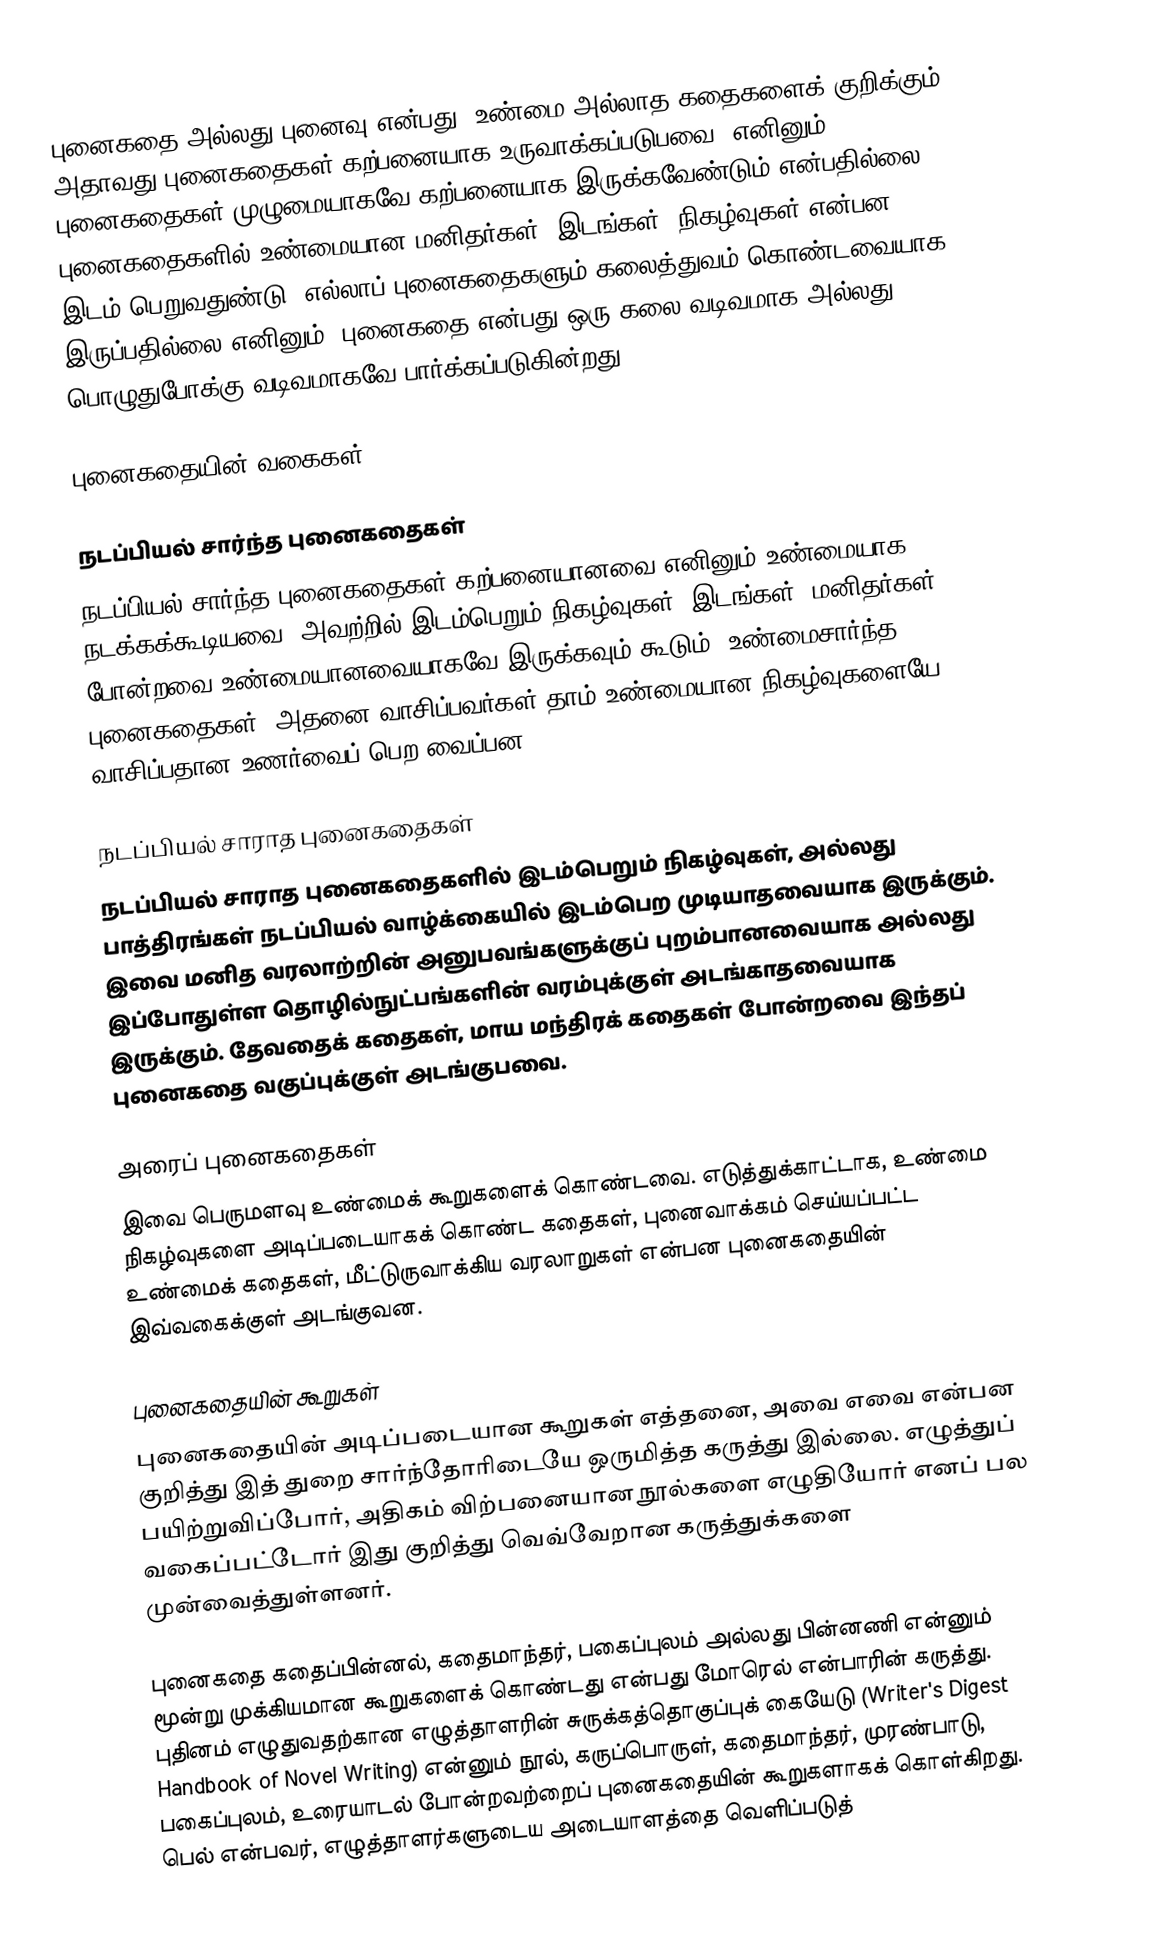
புனைகதை அல்லது புனைவு என்பது, உண்மை அல்லாத கதைகளைக் குறிக்கும். அதாவது புனைகதைகள் கற்பனையாக உருவாக்கப்படுபவை. எனினும், புனைகதைகள் முழுமையாகவே கற்பனையாக இருக்கவேண்டும் என்பதில்லை. புனைகதைகளில் உண்மையான மனிதர்கள், இடங்கள், நிகழ்வுகள் என்பன இடம் பெறுவதுண்டு. எல்லாப் புனைகதைகளும் கலைத்துவம் கொண்டவையாக இருப்பதில்லை எனினும், புனைகதை என்பது ஒரு கலை வடிவமாக அல்லது பொழுதுபோக்கு வடிவமாகவே பார்க்கப்படுகின்றது.

புனைகதையின் வகைகள்

நடப்பியல் சார்ந்த புனைகதைகள்
நடப்பியல் சார்ந்த புனைகதைகள் கற்பனையானவை எனினும் உண்மையாக நடக்கக்கூடியவை. அவற்றில் இடம்பெறும் நிகழ்வுகள், இடங்கள், மனிதர்கள் போன்றவை உண்மையானவையாகவே இருக்கவும் கூடும். உண்மைசார்ந்த புனைகதைகள், அதனை வாசிப்பவர்கள் தாம் உண்மையான நிகழ்வுகளையே வாசிப்பதான உணர்வைப் பெற வைப்பன.

நடப்பியல் சாராத புனைகதைகள்
நடப்பியல் சாராத புனைகதைகளில் இடம்பெறும் நிகழ்வுகள், அல்லது பாத்திரங்கள் நடப்பியல் வாழ்க்கையில் இடம்பெற முடியாதவையாக இருக்கும். இவை மனித வரலாற்றின் அனுபவங்களுக்குப் புறம்பானவையாக அல்லது இப்போதுள்ள தொழில்நுட்பங்களின் வரம்புக்குள் அடங்காதவையாக இருக்கும். தேவதைக் கதைகள், மாய மந்திரக் கதைகள் போன்றவை இந்தப் புனைகதை வகுப்புக்குள் அடங்குபவை.

அரைப் புனைகதைகள்
இவை பெருமளவு உண்மைக் கூறுகளைக் கொண்டவை. எடுத்துக்காட்டாக, உண்மை நிகழ்வுகளை அடிப்படையாகக் கொண்ட கதைகள், புனைவாக்கம் செய்யப்பட்ட உண்மைக் கதைகள், மீட்டுருவாக்கிய வரலாறுகள் என்பன புனைகதையின் இவ்வகைக்குள் அடங்குவன.

புனைகதையின் கூறுகள்
புனைகதையின் அடிப்படையான கூறுகள் எத்தனை, அவை எவை என்பன குறித்து இத் துறை சார்ந்தோரிடையே ஒருமித்த கருத்து இல்லை. எழுத்துப் பயிற்றுவிப்போர், அதிகம் விற்பனையான நூல்களை எழுதியோர் எனப் பல வகைப்பட்டோர் இது குறித்து வெவ்வேறான கருத்துக்களை முன்வைத்துள்ளனர்.

புனைகதை கதைப்பின்னல், கதைமாந்தர், பகைப்புலம் அல்லது பின்னணி என்னும் மூன்று முக்கியமான கூறுகளைக் கொண்டது என்பது மோரெல் என்பாரின் கருத்து. புதினம் எழுதுவதற்கான எழுத்தாளரின் சுருக்கத்தொகுப்புக் கையேடு (Writer's Digest Handbook of Novel Writing) என்னும் நூல், கருப்பொருள், கதைமாந்தர், முரண்பாடு, பகைப்புலம், உரையாடல் போன்றவற்றைப் புனைகதையின் கூறுகளாகக் கொள்கிறது. பெல் என்பவர், எழுத்தாளர்களுடைய அடையாளத்தை வெளிப்படுத்